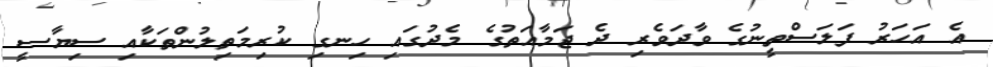
އެ އަހަރު ފަލަސްތީނުގެ ވާދަވެރި ދެ ޖަމާއަތުގެ މެދުގައި ހިނގި ކުރިމަތިލުންތަކާއި ސިޔާސީ